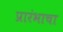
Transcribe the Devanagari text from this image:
प्रारंभाचा